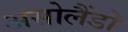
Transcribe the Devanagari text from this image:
असोलैंडो